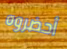
أحضروه